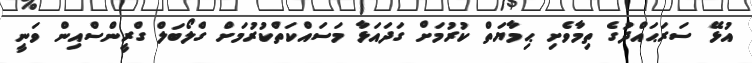
އުޅޭ ސަރަޙައްދުގެ ތިމާވެށި ޙިމާޔަތް ކުރުމަށް ގަދައަޅާ މަސައްކަތްކުރުމަށް ގްލޯބަލް ގްރީންސްއިން ވަނީ